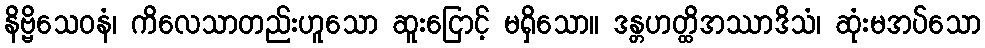
နိဗ္ဗိသေဝနံ၊ ကိလေသာတည်းဟူသော ဆူးငြောင့် မရှိသော။ ဒန္တဟတ္ထိအဿာဒိသံ၊ ဆုံးမအပ်သော